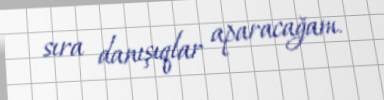
sıra danışıqlar aparacağam.